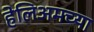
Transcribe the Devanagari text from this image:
हेलिअमच्या